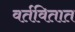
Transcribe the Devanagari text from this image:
वर्तवितात